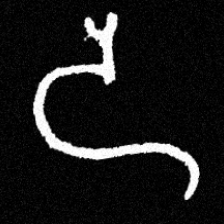
Pyu character \u2014 Myanmar letter: ဒ (romanized: da)